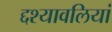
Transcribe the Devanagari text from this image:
द्दश्यावलियां